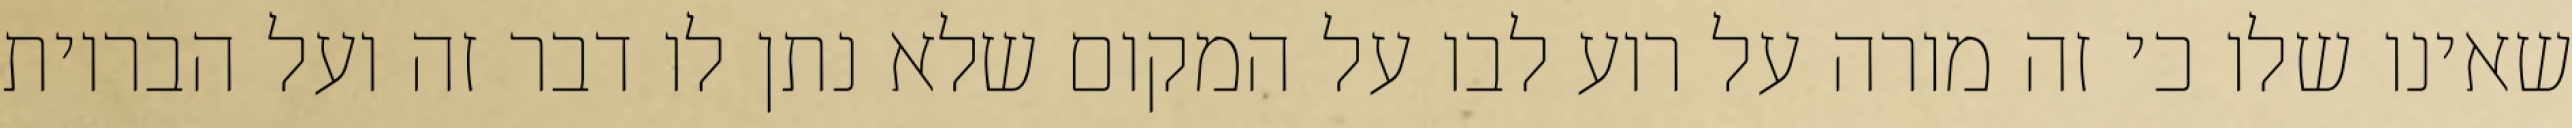
שאינו שלו כי זה מורה על רוע לבו על המקום שלא נתן לו דבר זה ועל הבריות